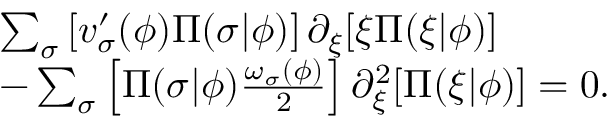
\begin{array} { r l } & { \sum _ { \sigma } \left[ v _ { \sigma } ^ { \prime } ( \phi ) \Pi ( \sigma \vert \phi ) \right] \partial _ { \xi } [ \xi \Pi ( \xi \vert \phi ) ] } \\ & { - \sum _ { \sigma } \left[ \Pi ( \sigma \vert \phi ) \frac { \omega _ { \sigma } ( \phi ) } { 2 } \right] \partial _ { \xi } ^ { 2 } [ \Pi ( \xi \vert \phi ) ] = 0 . } \end{array}